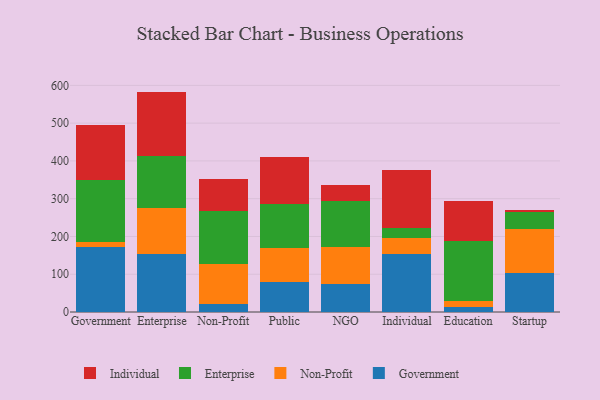
{"axis": {"x": "Segment", "y": "Demand Index"}, "legend": ["Enterprise", "Government", "Individual", "Non-Profit"], "data": [{"x": "Government", "y": 172.5, "type": "Government"}, {"x": "Government", "y": 12.1, "type": "Non-Profit"}, {"x": "Government", "y": 163.8, "type": "Enterprise"}, {"x": "Government", "y": 145.8, "type": "Individual"}, {"x": "Enterprise", "y": 152.7, "type": "Government"}, {"x": "Enterprise", "y": 121.8, "type": "Non-Profit"}, {"x": "Enterprise", "y": 139.8, "type": "Enterprise"}, {"x": "Enterprise", "y": 169.2, "type": "Individual"}, {"x": "Non-Profit", "y": 21.4, "type": "Government"}, {"x": "Non-Profit", "y": 106.4, "type": "Non-Profit"}, {"x": "Non-Profit", "y": 139.0, "type": "Enterprise"}, {"x": "Non-Profit", "y": 86.6, "type": "Individual"}, {"x": "Public", "y": 79.0, "type": "Government"}, {"x": "Public", "y": 89.3, "type": "Non-Profit"}, {"x": "Public", "y": 116.6, "type": "Enterprise"}, {"x": "Public", "y": 125.7, "type": "Individual"}, {"x": "NGO", "y": 75.0, "type": "Government"}, {"x": "NGO", "y": 98.4, "type": "Non-Profit"}, {"x": "NGO", "y": 120.4, "type": "Enterprise"}, {"x": "NGO", "y": 41.8, "type": "Individual"}, {"x": "Individual", "y": 154.2, "type": "Government"}, {"x": "Individual", "y": 42.7, "type": "Non-Profit"}, {"x": "Individual", "y": 25.2, "type": "Enterprise"}, {"x": "Individual", "y": 153.1, "type": "Individual"}, {"x": "Education", "y": 12.3, "type": "Government"}, {"x": "Education", "y": 17.4, "type": "Non-Profit"}, {"x": "Education", "y": 159.0, "type": "Enterprise"}, {"x": "Education", "y": 106.2, "type": "Individual"}, {"x": "Startup", "y": 102.3, "type": "Government"}, {"x": "Startup", "y": 117.5, "type": "Non-Profit"}, {"x": "Startup", "y": 44.5, "type": "Enterprise"}, {"x": "Startup", "y": 7.0, "type": "Individual"}]}